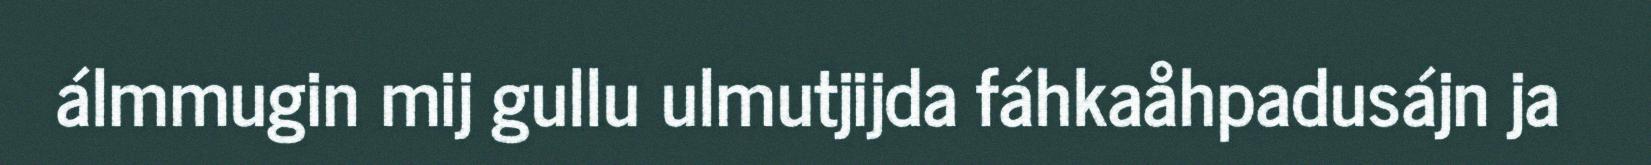
álmmugin mij gullu ulmutjijda fáhkaåhpadusájn ja